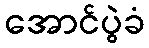
အောင်ပွဲခံ